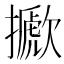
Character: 擨